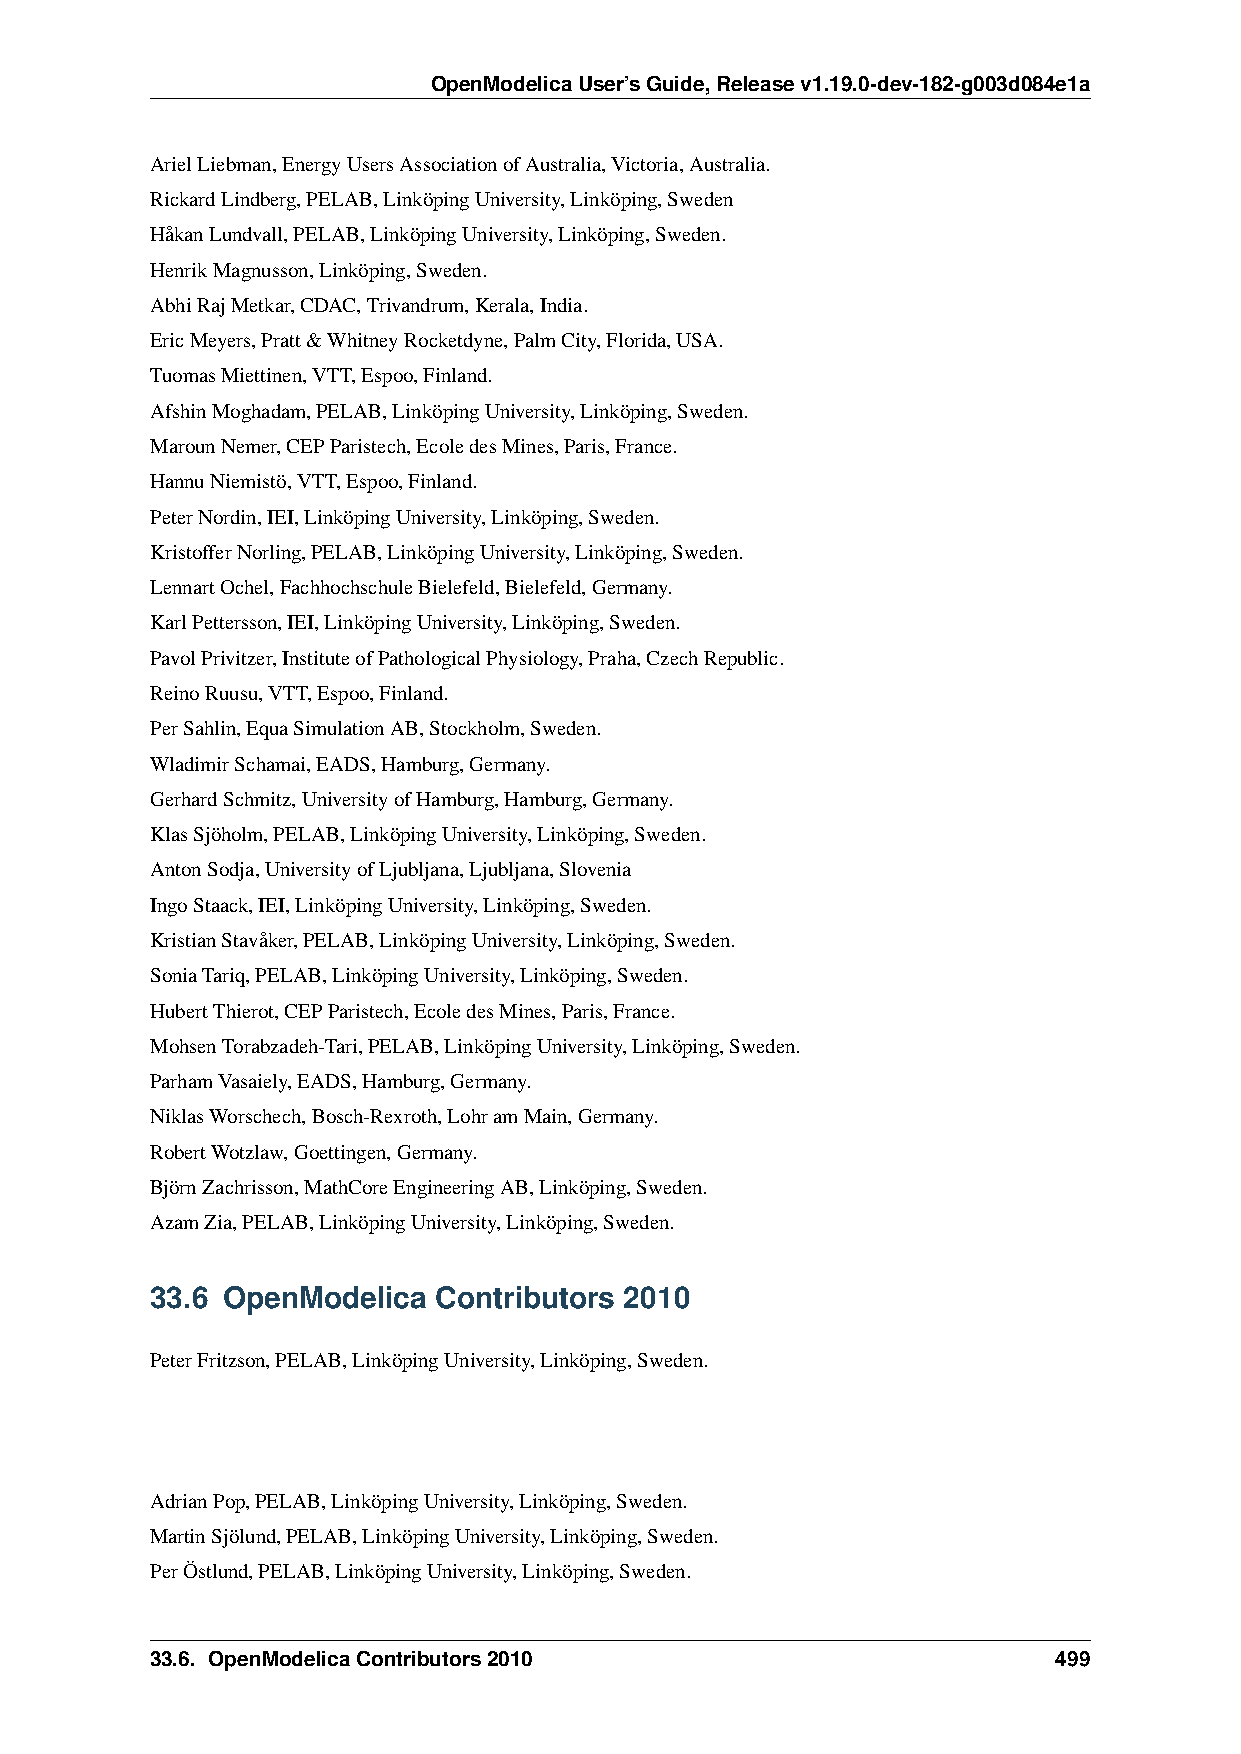
OpenModelicaUser’sGuide,Releasev1.19.0-dev-182-g003d084e1a
 ArielLiebman,EnergyUsersAssociationofAustralia,Victoria,Australia.
 RickardLindberg,PELAB,LinköpingUniversity,Linköping,Sweden
 HåkanLundvall,PELAB,LinköpingUniversity,Linköping,Sweden.
 HenrikMagnusson,Linköping,Sweden.
 AbhiRajMetkar,CDAC,Trivandrum,Kerala,India.
 EricMeyers,Pratt&WhitneyRocketdyne,PalmCity,Florida,USA.
 TuomasMiettinen,VTT,Espoo,Finland.
 AfshinMoghadam,PELAB,LinköpingUniversity,Linköping,Sweden.
 MarounNemer,CEPParistech,EcoledesMines,Paris,France.
 HannuNiemistö,VTT,Espoo,Finland.
 PeterNordin,IEI,LinköpingUniversity,Linköping,Sweden.
 KristofferNorling,PELAB,LinköpingUniversity,Linköping,Sweden.
 LennartOchel,FachhochschuleBielefeld,Bielefeld,Germany.
 KarlPettersson,IEI,LinköpingUniversity,Linköping,Sweden.
 PavolPrivitzer,InstituteofPathologicalPhysiology,Praha,CzechRepublic.
 ReinoRuusu,VTT,Espoo,Finland.
 PerSahlin,EquaSimulationAB,Stockholm,Sweden.
 WladimirSchamai,EADS,Hamburg,Germany.
 GerhardSchmitz,UniversityofHamburg,Hamburg,Germany.
 KlasSjöholm,PELAB,LinköpingUniversity,Linköping,Sweden.
 AntonSodja,UniversityofLjubljana,Ljubljana,Slovenia
 IngoStaack,IEI,LinköpingUniversity,Linköping,Sweden.
 KristianStavåker,PELAB,LinköpingUniversity,Linköping,Sweden.
 SoniaTariq,PELAB,LinköpingUniversity,Linköping,Sweden.
 HubertThierot,CEPParistech,EcoledesMines,Paris,France.
 MohsenTorabzadeh-Tari,PELAB,LinköpingUniversity,Linköping,Sweden.
 ParhamVasaiely,EADS,Hamburg,Germany.
 NiklasWorschech,Bosch-Rexroth,LohramMain,Germany.
 RobertWotzlaw,Goettingen,Germany.
 BjörnZachrisson,MathCoreEngineeringAB,Linköping,Sweden.
 AzamZia,PELAB,LinköpingUniversity,Linköping,Sweden.
 33.6 OpenModelica  Contributors 2010
 PeterFritzson,PELAB,LinköpingUniversity,Linköping,Sweden.
 AdrianPop,PELAB,LinköpingUniversity,Linköping,Sweden.
 MartinSjölund,PELAB,LinköpingUniversity,Linköping,Sweden.
 PerÖstlund,PELAB,LinköpingUniversity,Linköping,Sweden.
 33.6. OpenModelicaContributors2010                          499